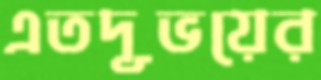
এতদূভয়ের